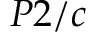
P 2 / c